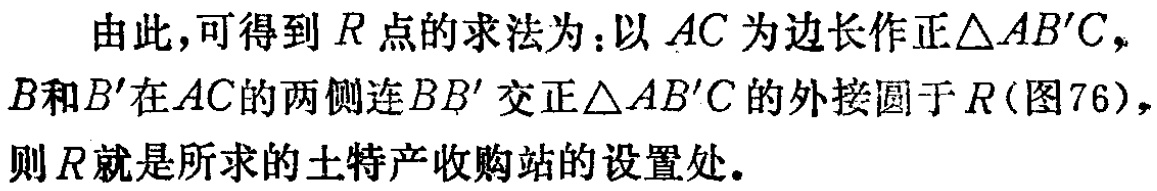
由此,可得到\(R\)点的求法为：以\(AC\)为边长作正\(\triangle AB^{\prime}C\)，\(B\)和\(B^{\prime}\)在\(AC\)的两侧连\(BB^{\prime}\)交正\(\triangle AB^{\prime}C\)的外接圆于\(R\)(图76)，则\(R\)就是所求的土特产收购站的设置处。